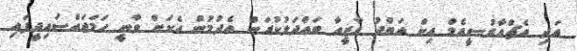
އަދި އެޗްއާރުސީއެމް އިން އަބްދު ގާޒީއާ ބައްދަލުކުރަން އެދުމުން އެކަން ވާނީ ހަމަޖައްސައިދީފައި